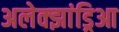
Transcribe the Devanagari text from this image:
अलेक्झांड्रिआ